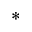
^ { * }